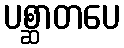
ပစ္ဆာတပေ